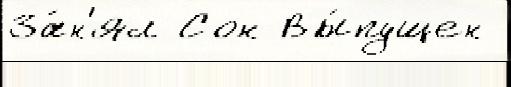
За́н'ял Сон Вы́пущен